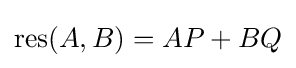
\operatorname {res} (A,B)=AP+BQ